Hæmogregarina gerbilli - Number 18
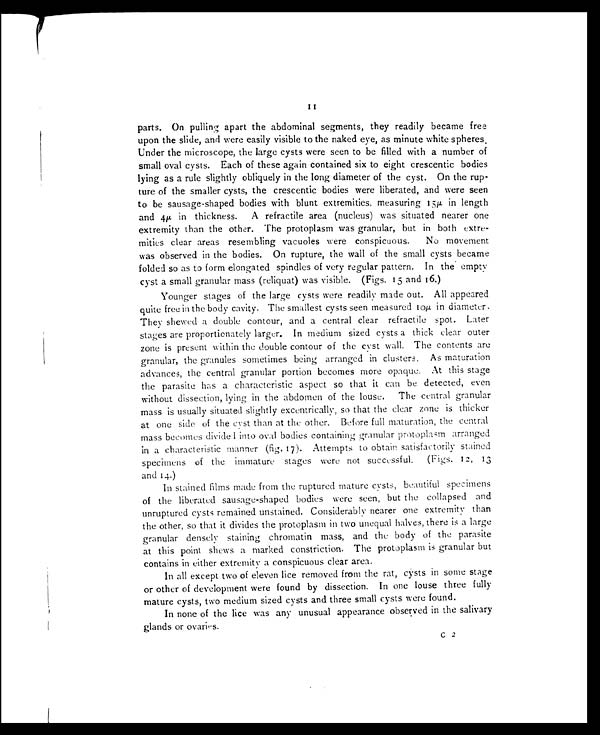
11
parts. On pulling apart the abdominal segments, they readily became free
upon the slide, and were easily visible to the naked eye, as minute white spheres.
Under the microscope, the large cysts were seen to be filled with a number of
small oval cysts. Each of these again contained six to eight crescentic bodies
lying as a rule slightly obliquely in the long diameter of the cyst. On the rup-
ture of the smaller cysts, the crescentic bodies were liberated, and were seen
to be sausage-shaped bodies with blunt extremities, measuring 15µ in length
and 4µ in thickness. A refractile area (nucleus) was situated nearer one
extremity than the other. The protoplasm was granular, but in both extre-
mities clear areas resembling vacuoles were conspicuous. No movement
was observed in the bodies. On rupture, the wall of the small cysts became
folded so as to form elongated spindles of very regular pattern. In the empty
cyst a small granular mass (reliquat) was visible. (Figs. 15 and 16.)
Younger stages of the large cysts were readily made out. All appeared
quite free in the body cavity. The smallest cysts seen measured 10 µ in diameter.
They shewed a double contour, and a central clear refractile spot. Later
stages are proportionately larger. In medium sized cysts a thick clear outer
zone is present within the double contour of the cyst wall. The contents are
granular, the granules sometimes being arranged in clusters. As maturation
advances, the central granular portion becomes more opaque. At this stage
the parasite has a characteristic aspect so that it can be detected, even
without dissection, lying in the abdomen of the louse. The central granular
mass is usually situated slightly excentrically, so that the clear zone is thicker
at one side of the cyst than at the other. Before full maturation, the central
mass becomes divided into oval bodies containing granular protoplasm arranged
in a characteristic manner (fig. 17). Attempts to obtain satisfactorily stained
specimens of the immature stages were not successful. (Figs. 12, 13
and 14.)
In stained films made from the ruptured mature cysts, beautiful specimens
of the liberated sausage-shaped bodies were seen, but the collapsed and
unruptured cysts remained unstained. Considerably nearer one extremity than
the other, so that it divides the protoplasm in two unequal halves, there is a large
granular densely staining chromatin mass, and the body of the parasite
at this point shews a marked constriction. The protoplasm is granular but
contains in either extremity a conspicuous clear area.
In all except two of eleven lice removed from the rat, cysts in some stage
or other of development were found by dissection. In one louse three fully
mature cysts, two medium sized cysts and three small cysts were found.
In none of the lice was any unusual appearance observed in the salivary
glands or ovaries.
C 2